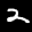
Label: 2